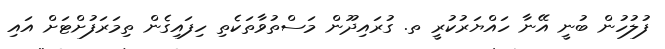
ފުލުހުން ބުނީ އޭނާ ހައްޔަރުކުރީ ތ. ގުރައިދޫން މަސްތުވާތަކެތި ހިފައިގެން ތިމަރަފުށްޓަށް އައި